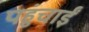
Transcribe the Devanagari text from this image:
पहुंचाईं